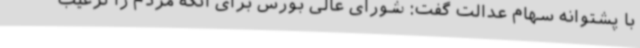
با پشتوانه سهام عدالت گفت: شورای عالی بورس برای آنکه مردم را ترغیب